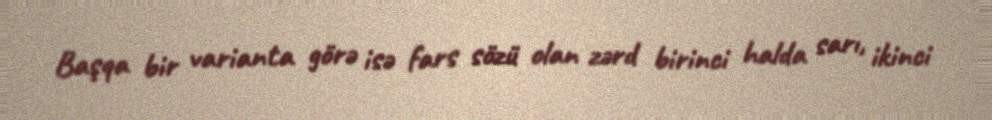
Başqa bir varianta görə isə fars sözü olan zərd birinci halda sarı, ikinci